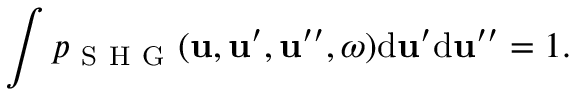
\int p _ { \mathrm { ~ S ~ H ~ G ~ } } ( \boldsymbol { \mathbf { u } } , \boldsymbol { \mathbf { u } } ^ { \prime } , \boldsymbol { \mathbf { u } } ^ { \prime \prime } , \omega ) \mathrm { d } \boldsymbol { \mathbf { u } } ^ { \prime } \mathrm { d } \boldsymbol { \mathbf { u } } ^ { \prime \prime } = 1 .